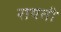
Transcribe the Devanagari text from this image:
रायती